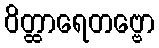
ဝိတ္ထာရေတဗ္ဗော